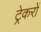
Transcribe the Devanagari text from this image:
ट्रेकरों